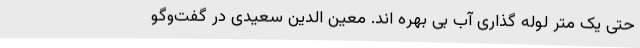
حتی یک متر لوله گذاری آب بی بهره اند. معین الدین سعیدی در گفت‌وگو